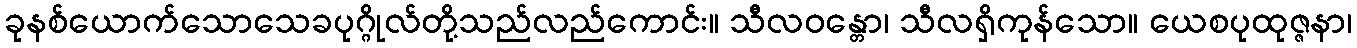
ခုနစ်ယောက်သောသေခပုဂ္ဂိုလ်တို့သည်လည်ကောင်း။ သီလဝန္တော၊ သီလရှိကုန်သော။ ယေစပုထုဇ္ဇနာ၊